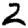
Digit: 2